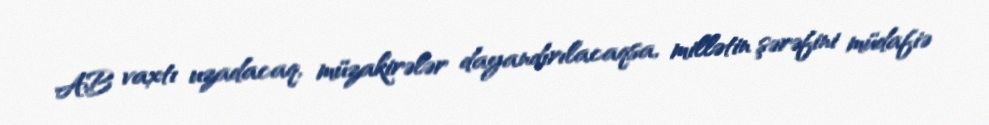
AB vaxtı uzadacaq, müzakirələr dayandırılacaqsa, millətin şərəfini müdafiə